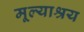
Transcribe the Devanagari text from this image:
मूल्याश्रय